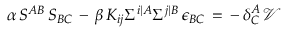
\alpha \, S ^ { A B } \, S _ { B C } \, - \, \beta \, K _ { i j } \Sigma ^ { i \vert A } \Sigma ^ { j \vert B } \, \epsilon _ { B C } \, = \, - \, \delta _ { C } ^ { A } \, \mathcal { V }